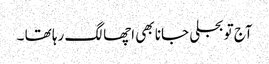
آج تو بجلی جانا بھی اچھا لگ رہا تھا ۔